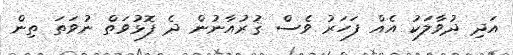
އަދި ދުވާލަކު އެއް ފަހަރު ވެސް ޤުރުއާނުން ދެ ފޮޅުވަތް ނުވަތަ ތިން